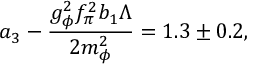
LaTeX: a _ { 3 } - { \frac { g _ { \phi } ^ { 2 } f _ { \pi } ^ { 2 } b _ { 1 } \Lambda } { 2 m _ { \phi } ^ { 2 } } } = 1 . 3 \pm 0 . 2 ,